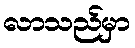
လာသည်မှာ